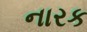
નારક